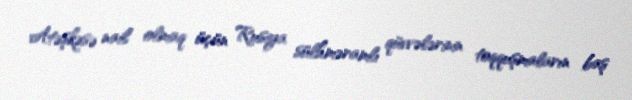
Atəşkəsə nail olmaq üçün Rusiya sülhməramlı qüvvələrinin toqquşmaların baş